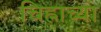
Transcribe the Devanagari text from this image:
चिह्नाच्या